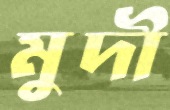
মুদী